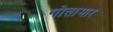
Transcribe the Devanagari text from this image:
गोतामार